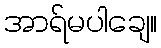
အာရ်မပါချေ။